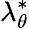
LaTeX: \lambda_{\theta}^{*}